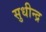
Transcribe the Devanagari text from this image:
सुधीन्द्र